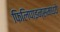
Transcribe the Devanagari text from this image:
फिलिपाइन्समध्ये